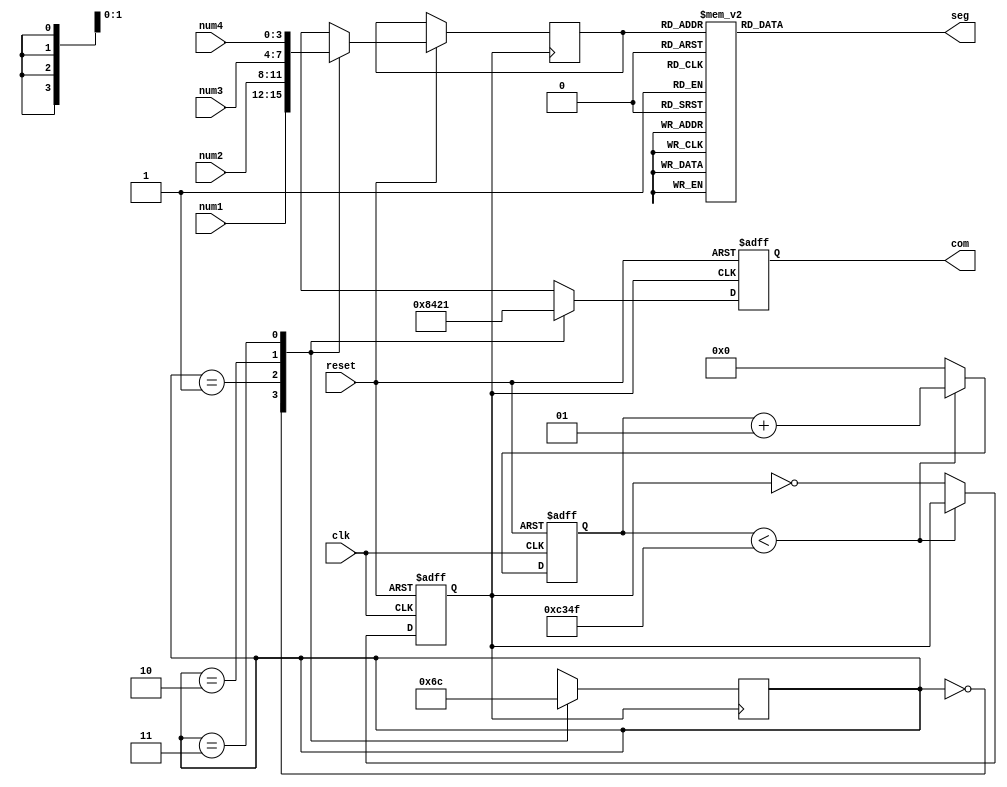
module DigitalLED (
	input            clk,
	input            reset,
	input      [3:0] num1,
	input      [3:0] num2,
	input      [3:0] num3,
	input      [3:0] num4,
	output reg [3:0] com,
	output reg [7:0] seg
);

/* Frequency of the Keyboard */
	parameter ledFreq = 250;
/* Constant of the SM */
	parameter S0 = 0, S1 = 1, S2 = 2, S3 = 3;
/* Registers */
	integer   ledCnt;
	reg       ledClk;
	reg [1:0] state = S0;
	reg [3:0] num;

/* Scan State Machine */
	always @ (posedge ledClk) begin
		case (state)
			S0:	state = S1;
			S1:	state = S2;
			S2:	state = S3;
			S3:	state = S0;
		endcase
	end

/* Data&Seg Selector */
	always @ (posedge ledClk or negedge reset) begin
		if (!reset) begin
			com <= 4'b0000;
		end
		else begin
			case (state)
				S0: begin num <= num1; com <= 4'b1000; end
				S1: begin num <= num2; com <= 4'b0100; end
				S2: begin num <= num3; com <= 4'b0010; end
				S3: begin num <= num4; com <= 4'b0001; end
			endcase
		end
	end

/* Seven-Segment Decoder */
	always @ ( * ) begin
		case (num)
			4'h0: seg <= 8'b00000011;       // 0
			4'h1: seg <= 8'b10011111;       // 1
			4'h2: seg <= 8'b00100101;       // 2
			4'h3: seg <= 8'b00001101;       // 3
			4'h4: seg <= 8'b10011001;       // 4
			4'h5: seg <= 8'b01001001;       // 5
			4'h6: seg <= 8'b01000001;       // 6
			4'h7: seg <= 8'b00011111;       // 7
			4'h8: seg <= 8'b00000001;       // 8
			4'h9: seg <= 8'b00001001;       // 9
			4'ha: seg <= 8'b00010001;       // A
			4'hb: seg <= 8'b11000001;       // b
			4'hc: seg <= 8'b01100011;       // C
			4'hd: seg <= 8'b10000101;       // d
			4'he: seg <= 8'b01100001;       // E
			4'hf: seg <= 8'b01110001;       // F
		endcase
	end

/* Generate Clock */
	always @ (posedge clk or negedge reset) begin
		if (!reset) begin
			ledCnt <= 0;
			ledClk <= 0;
		end
		else  if (ledCnt < (25000000 / ledFreq - 1) / 2) begin
					ledCnt <= ledCnt + 1;
				end
				else begin
					ledCnt <= 0;
					ledClk <= ~ledClk;
				end
	end

endmodule